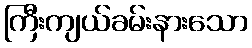
ကြီးကျယ်ခမ်းနားသော